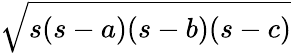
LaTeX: \sqrt{s(s-a)(s-b)(s-c)}